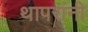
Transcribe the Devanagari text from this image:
थापरांनी